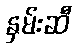
နှမ်းဆီ